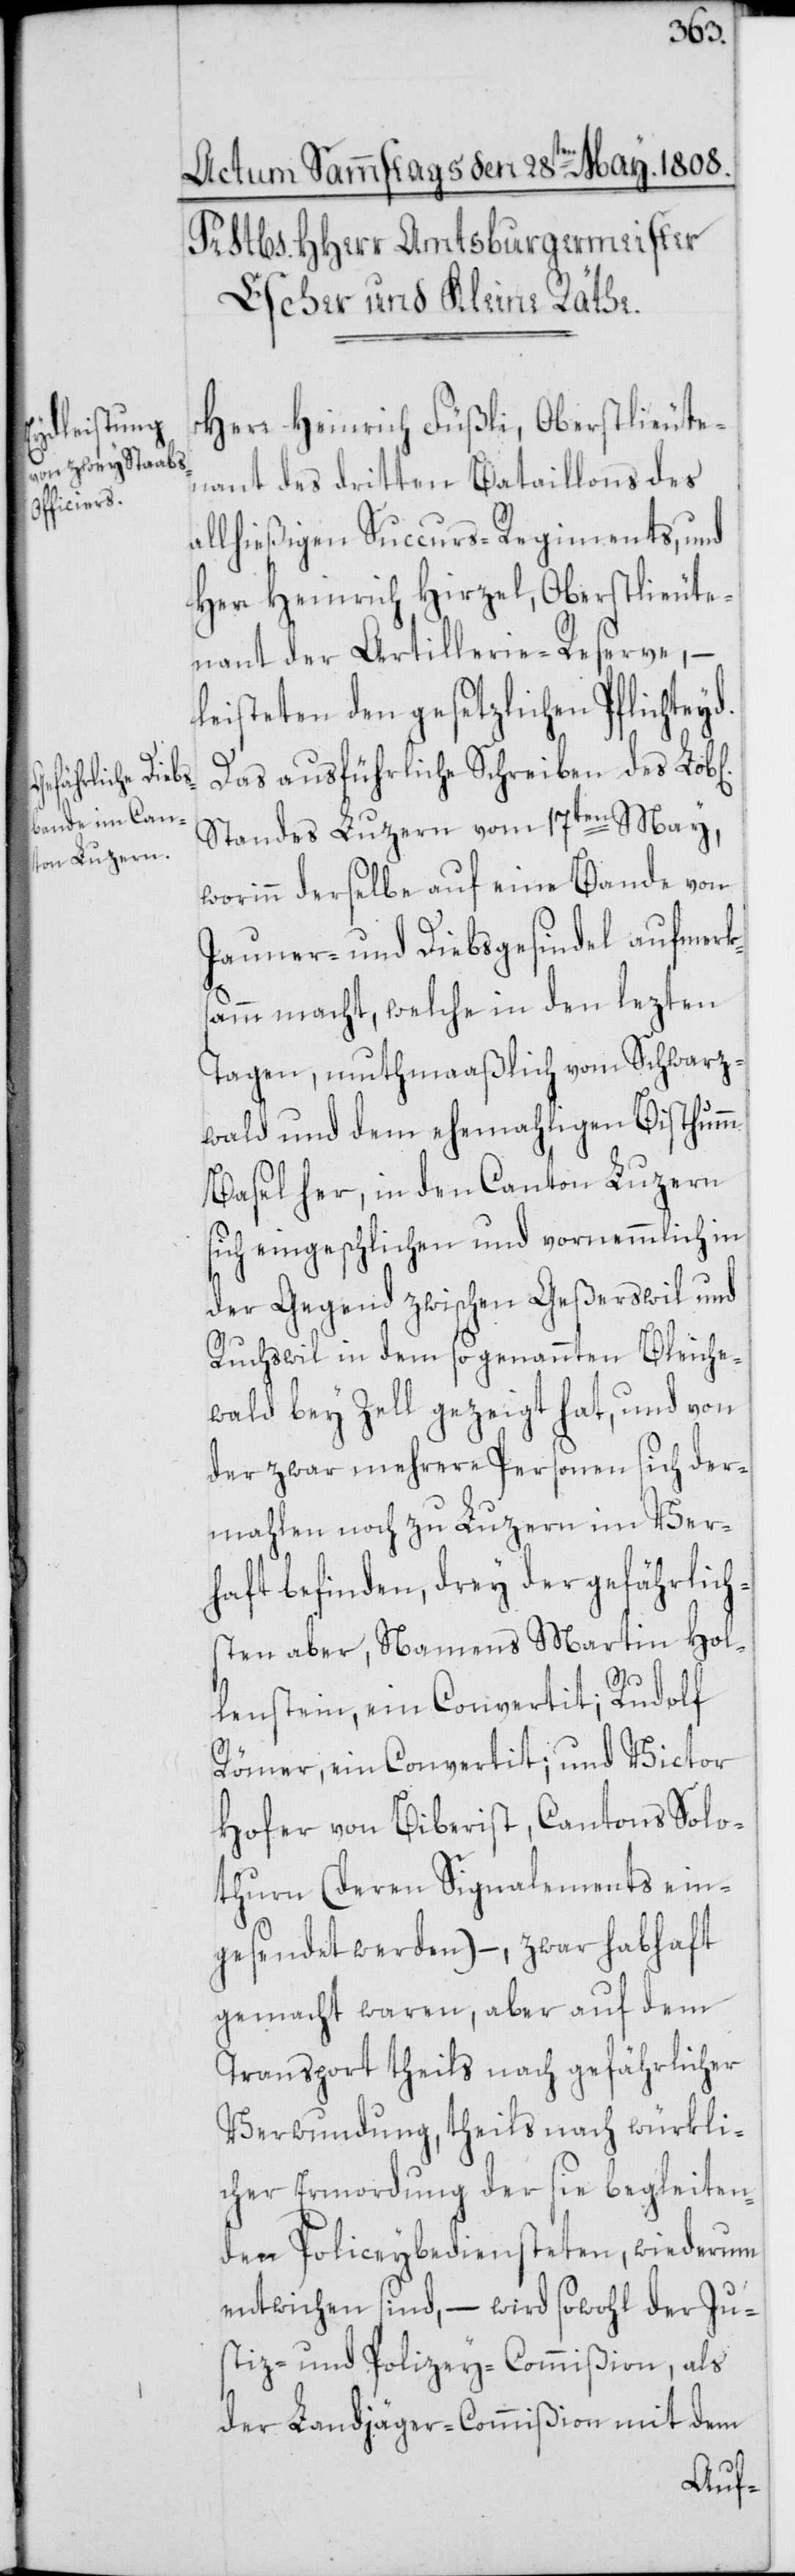
b[lichen]

Herr Heinrich Füßli, Oberstlieute¬
nant des dritten Bataillons des
allhießigen Succurs-Regiments, und
Herr Heinrich Hirzel, Oberstlieute¬
nant der Artillerie-Reserve, –
leisteten den gesetzlichen Pflichteyd.
Das ausführliche Schreiben des Lo¬
Standes Luzern vom 17ten May,
worinn derselbe auf eine Bande von
Jauner- und Diebsgesindel aufmerk¬
samm macht, welche in den lezten
Tagen, mutmaaßlich vom Schwarz¬
wald und dem ehemahligen Bisthumm
Basel her, in den Canton Luzern
sich eingeschlichen und vornemmlich in
der Gegend zwischen Geßerswil und
Ruchswil in dem sogenannten Bleiche¬
wald bey Zell gezeigt hat, und von
der zwar mehrere Personen sich der¬
mahlen noch zu Luzern im Ver¬
haft befinden, drey der gefährlich¬
sten aber, Namens Martin Hol¬
lenstein, ein Convertit; Rudolf
Römer, ein Convertit; und Victor
Hofer von Biberist, Cantons Solo¬
thurn (deren Signalements ein¬
gesendet werden) –, zwar habhaft
gemacht waren, aber auf dem
Transport theils nach gefährlicher
Verwundung, theils nach würkli¬
cher Ermordung der sie begleiten¬
den Polizeybediensteten, wiederum
entwichen sind, – wird sowohl der Ju¬
stiz- und Polizey-Commißion, als
der Landjäger-Commißion mit dem